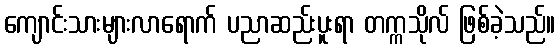
ကျောင်းသားများလာရောက် ပညာဆည်းပူးရာ တက္ကသိုလ် ဖြစ်ခဲ့သည်။